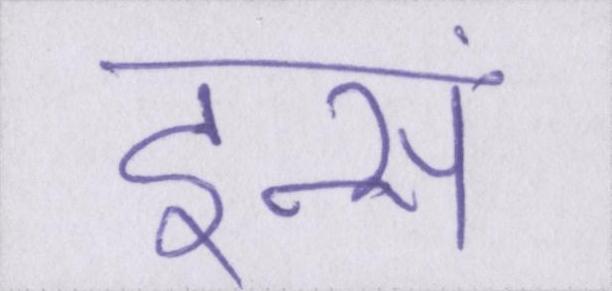
इन्सां